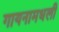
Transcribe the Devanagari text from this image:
गायनामधली